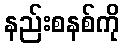
နည်းစနစ်ကို